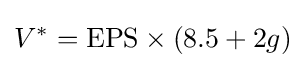
V^{*}=\mathrm {EPS} \times (8.5+2g)